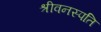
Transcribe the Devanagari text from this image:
श्रीवनस्पति